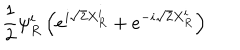
\frac { 1 } { 2 } \psi _ { R } ^ { i } \left( e ^ { i \sqrt { 2 } X _ { R } ^ { i } } + e ^ { - i \sqrt { 2 } X _ { R } ^ { i } } \right)